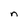
Character: n